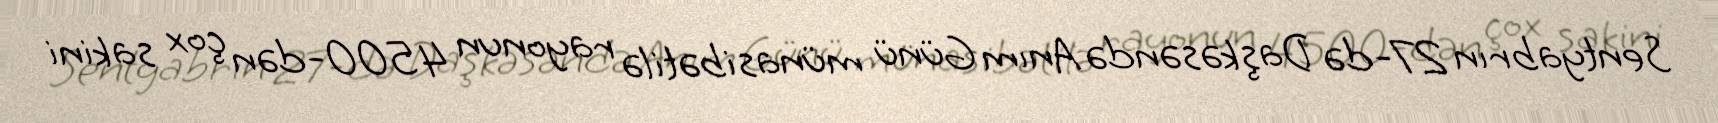
Sentyabrın 27-də Daşkəsəndə Anım Günü münasibətilə rayonun 4500-dən çox sakini